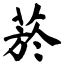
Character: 菸